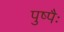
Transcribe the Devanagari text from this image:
पुष्पैः